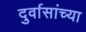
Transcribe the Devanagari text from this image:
दुर्वासांच्या